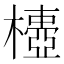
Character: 𣝄